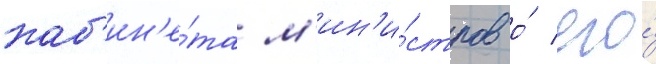
каб'ин'е́та м'ин'и́стров о́ его́